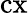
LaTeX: \mathrm{cx}